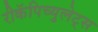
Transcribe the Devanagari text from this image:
रीकॅपिच्युलेट्स